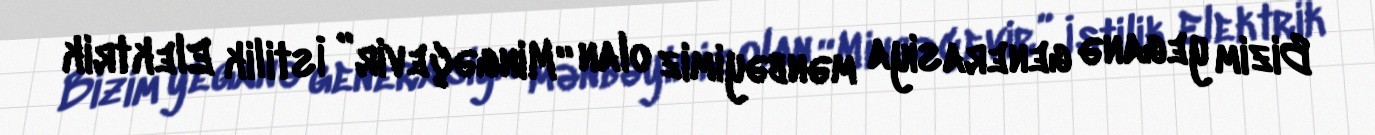
Bizim yeganə generasiya mənbəyimiz olan “Mingəçevir” İstilik Elektrik